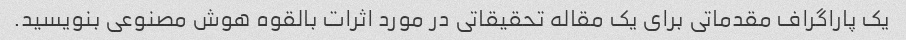
یک پاراگراف مقدماتی برای یک مقاله تحقیقاتی در مورد اثرات بالقوه هوش مصنوعی بنویسید.